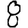
Digit: 8